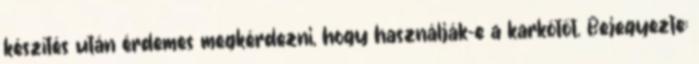
készítés után érdemes megkérdezni, hogy használják-e a karkötőt. Bejegyezte: